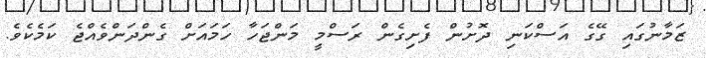
ޒަމާނުގައި ގޭގެ އަސްކަނި ދޮށުން ފެށިގެން ރަސްމީ މަންޖަހާ ހަމައަށް ގެންދަންވެއްޖެ ކަމެކެވެ.